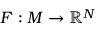
F : M \to \mathbb { R } ^ { N }